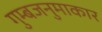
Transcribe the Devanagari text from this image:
गुम्बजनुमाकार